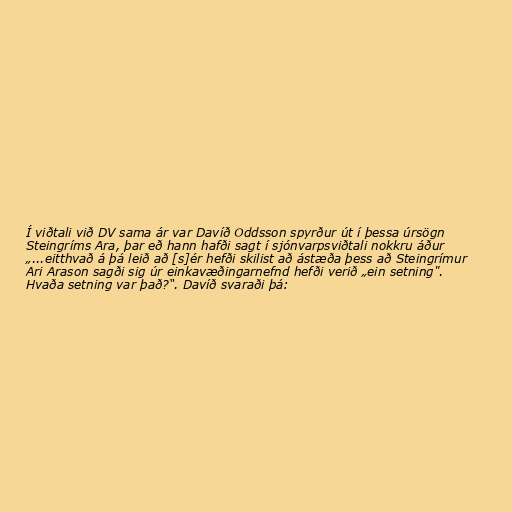
Í viðtali við DV sama ár var Davíð Oddsson spyrður út í þessa úrsögn
Steingríms Ara, þar eð hann hafði sagt í sjónvarpsviðtali nokkru áður
„...eitthvað á þá leið að [s]ér hefði skilist að ástæða þess að Steingrímur
Ari Arason sagði sig úr einkavæðingarnefnd hefði verið „ein setning".
Hvaða setning var það?“. Davíð svaraði þá: